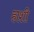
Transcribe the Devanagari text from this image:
हाशी